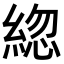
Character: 𦁕